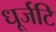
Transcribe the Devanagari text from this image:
धूर्जटि